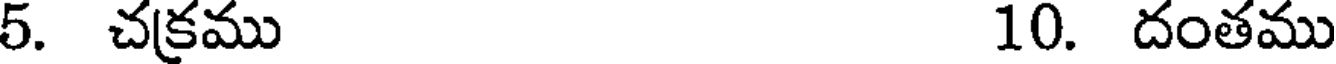
5. చక్రము 10. దంతము